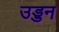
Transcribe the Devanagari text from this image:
उड्डन